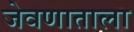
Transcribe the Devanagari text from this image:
जेवणाताला